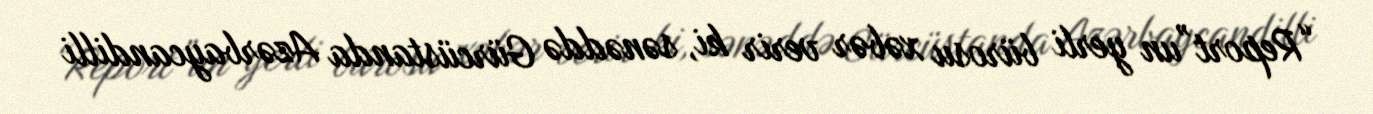
“Report”un yerli bürosu xəbər verir ki, sənəddə Gürcüstanda Azərbaycandilli